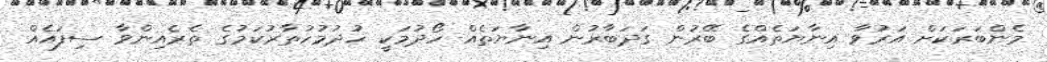
މެންބަރަކަށް އަރުވާ އިނާޔަތެއްގެ ބޭރުން ގަދަބާރުން އިނާޔަތެއް ހޯދުމަކީ ހުދުމުހުތާރުކަމުގެ ތެރެއިންވާ ސިފައެއް